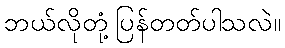
ဘယ်လိုတုံ့ပြန်တတ်ပါသလဲ။